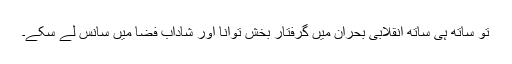
تو ساتھ ہی ساتھ انقلابی بحران میں گرفتار بخش توانا اور شاداب فضا میں سانس لے سکے۔